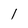
Character: 1